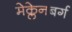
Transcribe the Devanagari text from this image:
मेक्लेनबर्ग